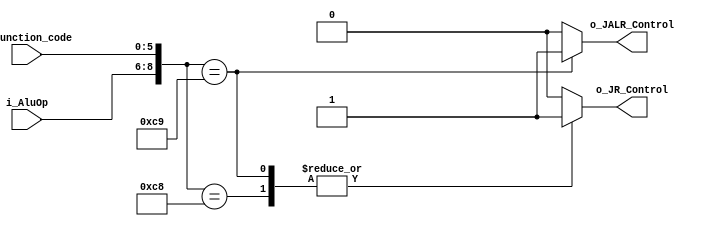
`timescale 1ns / 1ps

module JR_Control (
	input  wire [2:0] i_AluOp        ,
	input  wire [5:0] i_Function_code,
	output wire       o_JR_Control   ,
	output wire       o_JALR_Control
);

	localparam JR    = 6'b001000;
	localparam JALR  = 6'b001001;
	localparam AluOp = 3'b011   ;

	reg JR_Control   = 1'b0;
	reg JALR_Control = 1'b0;

	always @(*) begin : proc_
		casez ({i_AluOp,i_Function_code})

			{AluOp,JR}: begin
				JR_Control   = 1'b1;
				JALR_Control = 1'b0;
			end

			{AluOp,JALR}: begin
				JR_Control   = 1'b1;
				JALR_Control = 1'b1;
			end

			default :
				begin
					JR_Control   = 1'b0;
					JALR_Control = 1'b0;
				end
		endcase

	end

	assign o_JR_Control   = JR_Control;
	assign o_JALR_Control = JALR_Control;

endmodule